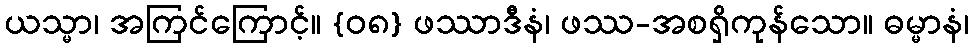
ယသ္မာ၊ အကြင်ကြောင့်။ {၀၈} ဖဿာဒီနံ၊ ဖဿ-အစရှိကုန်သော။ ဓမ္မာနံ၊